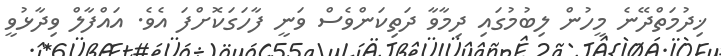
ޚިދުމަތްދޭނެ މީހުން ލިބުމުގައި ދިމާވާ ދަތިކަންވެސް ވަނީ ފާހަގަކޮށްފަ އެވެ. އައްފާލް ވިދާޅުވީ